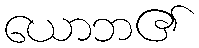
ယောဘ၏